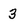
Character: 3